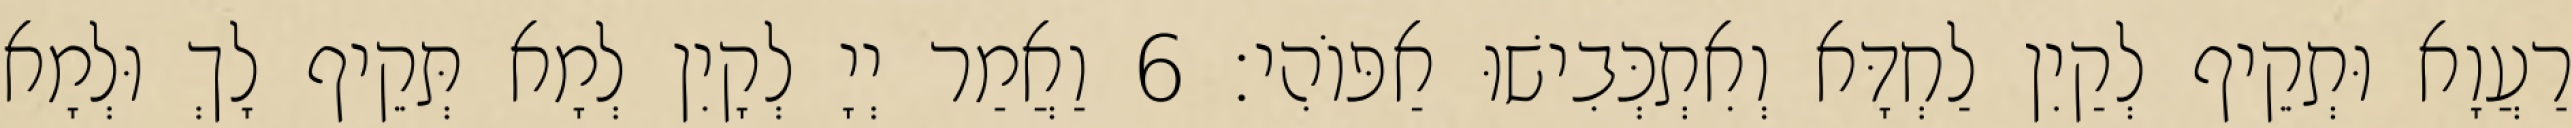
רַעֲוָא וּתְקֵיף לְקַיִן לַחְדָּא וְאִתְכְּבִישׁוּ אַפּוֹהִי׃ 6 וַאֲמַר יְיָ לְקָיִן לְמָא תְּקֵיף לָךְ וּלְמָא